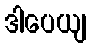
ဒါပေယျ